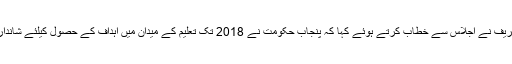
وزیراعلیٰ محمد شہباز شریف نے اجلاس سے خطاب کرتے ہوئے کہا کہ پنجاب حکومت نے 2018 تک تعلیم کے میدان میں اہداف کے حصول کیلئے شاندار پروگرام مرتب کیا ہے۔